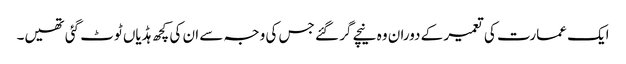
ایک عمارت کی تعمیر کے دوران وہ نیچے گر گئے جس کی وجہ سے ان کی کچھ ہڈیاں ٹوٹ گئی تھیں۔